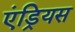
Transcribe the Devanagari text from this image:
एंड्रियस